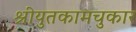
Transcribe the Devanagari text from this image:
श्रीयुतकामचुकार